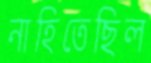
নাহিতেছিল